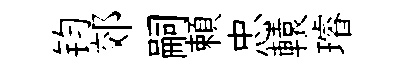
钧郊嗣頼忠轅璿